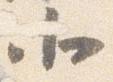
北